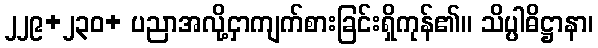
၂၂၉+၂၃၀+ ပညာအလို့ငှာကျက်စားခြင်းရှိကုန်၏။ သိပ္ပါဓိဋ္ဌာနာ၊